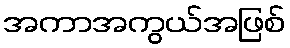
အကာအကွယ်အဖြစ်